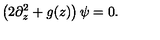
\left( 2 \partial _ { z } ^ { 2 } + g ( z ) \right) \psi = 0 .